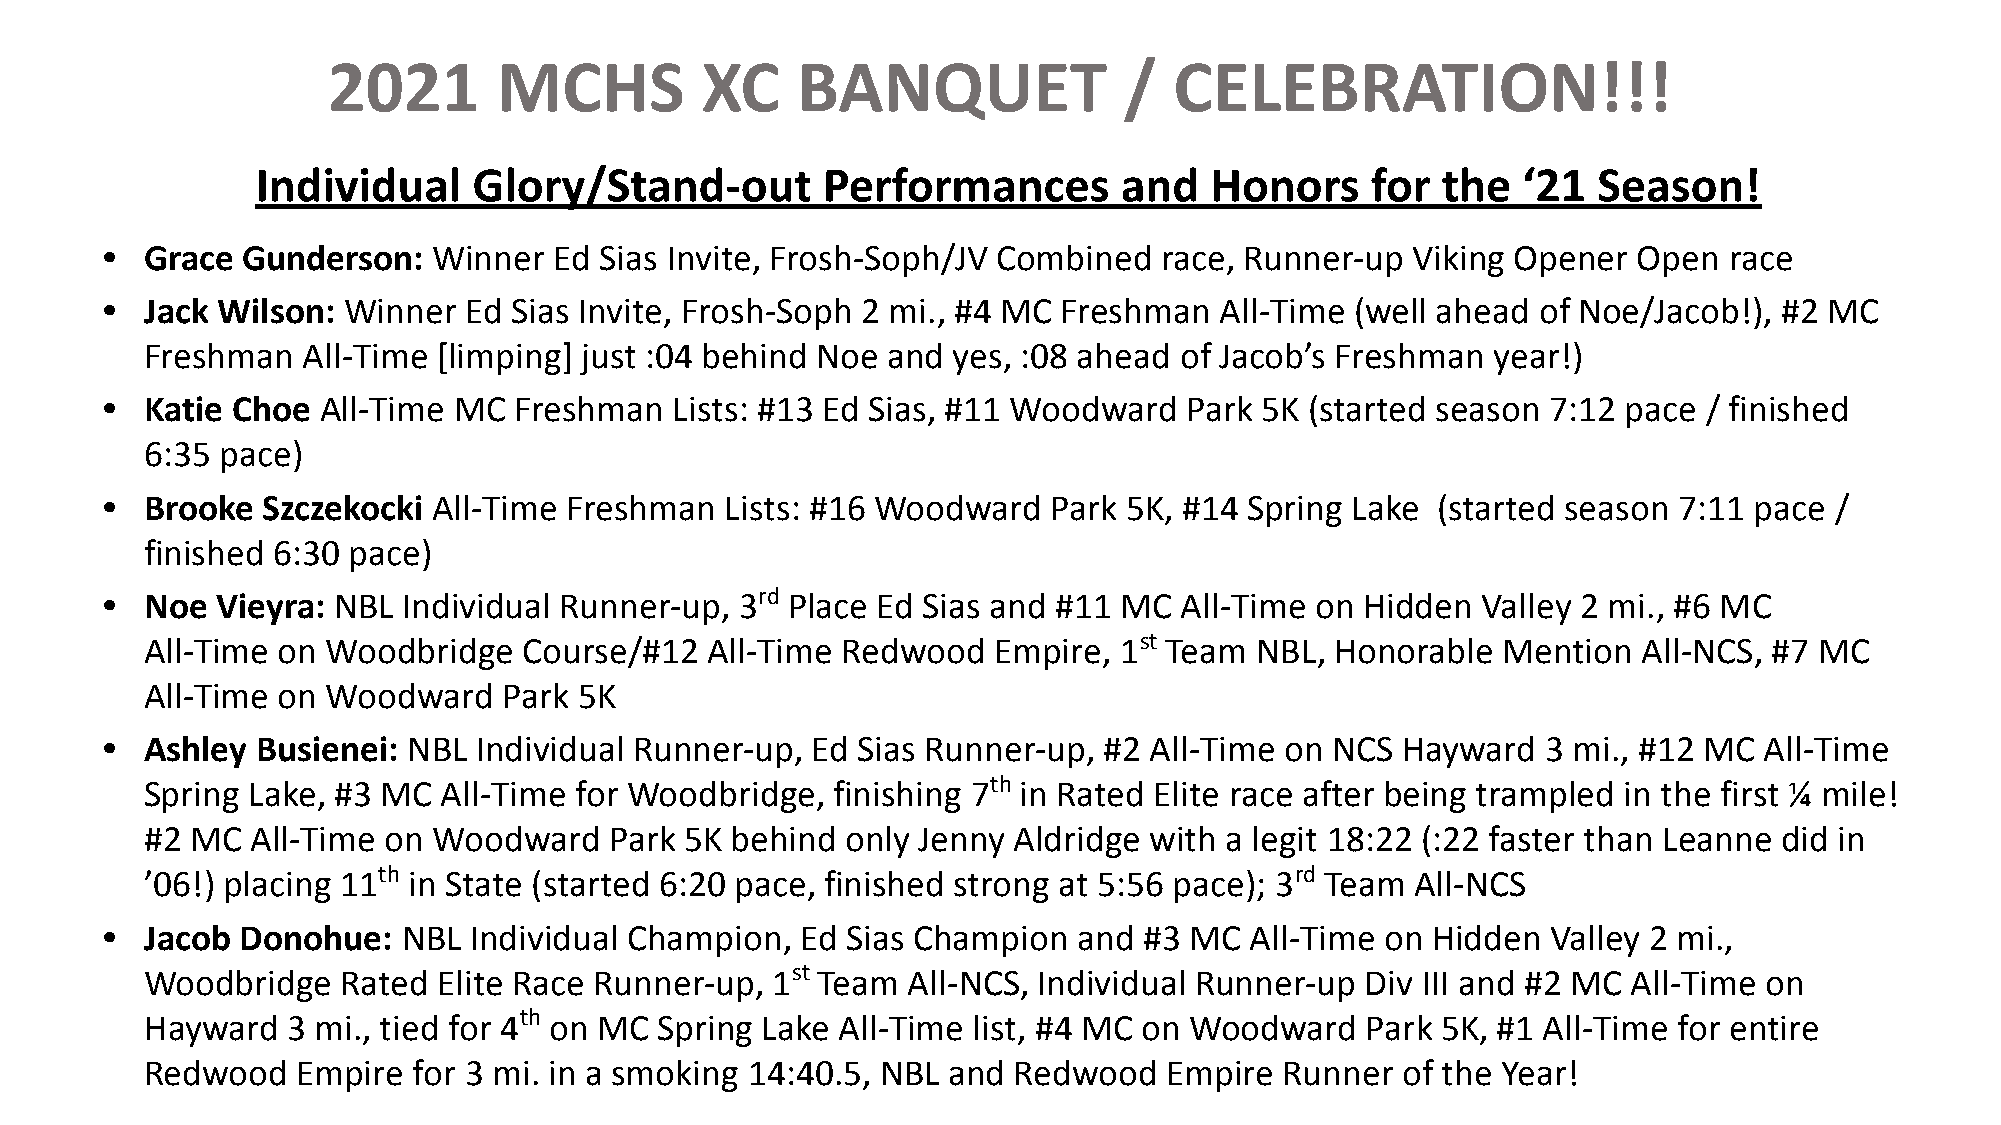
2021       MCHS         XC     BANQUET              /   CELEBRATION!!!
 Individual    Glory/Stand-out        Performances        and   Honors     for the   ‘21  Season!
 •  Grace Gunderson:   Winner  Ed Sias Invite, Frosh-Soph/JV Combined  race, Runner-up  Viking Opener Open  race
 •  Jack Wilson: Winner  Ed Sias Invite, Frosh-Soph 2 mi., #4 MC Freshman  All-Time (well ahead of Noe/Jacob!), #2 MC
 Freshman  All-Time [limping] just :04 behind Noe and yes, :08 ahead of Jacob’s Freshman  year!)
 •  Katie Choe All-Time MC  Freshman   Lists: #13 Ed Sias, #11 Woodward Park 5K  (started season 7:12 pace / finished
 6:35 pace)
 •  Brooke Szczekocki  All-Time Freshman  Lists: #16 Woodward   Park 5K, #14 Spring Lake (started season 7:11 pace /
 finished 6:30 pace)
 •  Noe Vieyra: NBL  Individual Runner-up, 3rd Place Ed Sias and #11 MC All-Time on Hidden  Valley 2 mi., #6 MC
 All-Time on Woodbridge   Course/#12  All-Time Redwood   Empire, 1st Team NBL, Honorable  Mention   All-NCS, #7 MC
 All-Time on Woodward   Park 5K
 •  Ashley Busienei: NBL  Individual Runner-up, Ed Sias Runner-up, #2 All-Time on NCS  Hayward  3 mi., #12 MC  All-Time
 Spring Lake, #3 MC All-Time for Woodbridge,  finishing 7th in Rated Elite race after being trampled in the first ¼ mile!
 #2 MC  All-Time on Woodward   Park 5K behind  only Jenny Aldridge with a legit 18:22 (:22 faster than Leanne did in
 ’06!) placing 11th in State (started 6:20 pace, finished strong at 5:56 pace); 3rd Team All-NCS
 •  Jacob Donohue:   NBL Individual Champion,  Ed Sias Champion  and  #3 MC  All-Time on Hidden  Valley 2 mi.,
 Woodbridge   Rated Elite Race Runner-up, 1st Team All-NCS, Individual Runner-up Div III and #2 MC All-Time on
 Hayward  3 mi., tied for 4th on MC Spring Lake All-Time list, #4 MC on Woodward Park 5K, #1 All-Time for entire
 Redwood   Empire for 3 mi. in a smoking 14:40.5, NBL and Redwood   Empire  Runner  of the Year!